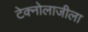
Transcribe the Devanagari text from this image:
टेक्नोलाजीला